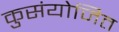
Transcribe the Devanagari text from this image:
कुसंयोजित